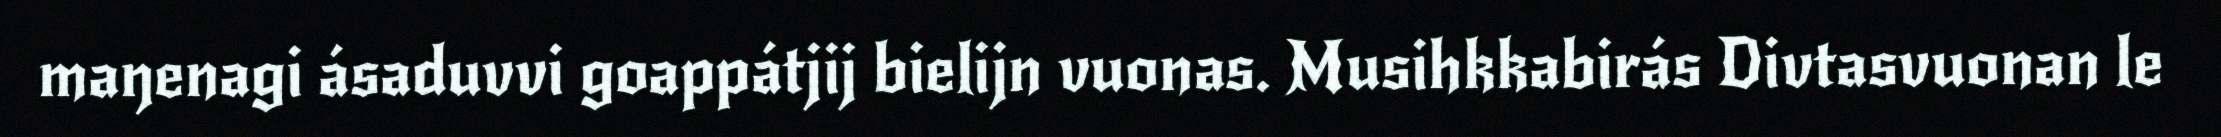
maŋenagi ásaduvvi goappátjij bielijn vuonas. Musihkkabirás Divtasvuonan le